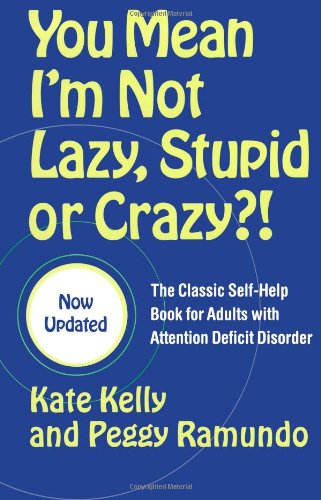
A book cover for You Mean I'm Not Lazy, Stupid or Crazy?!: The Classic Self-Help Book for Adults with Attention Deficit Disorder; Kate Kelly; Parenting & Relationships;